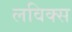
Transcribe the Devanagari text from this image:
लविक्स